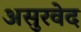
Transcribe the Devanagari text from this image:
असुरवेद